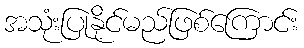
အသုံးပြုနိုင်မည်ဖြစ်ကြောင်း